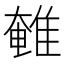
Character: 𮥽